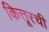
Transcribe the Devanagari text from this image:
कित्तूरची